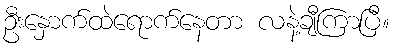
ဦးနှောက်ထဲရောက်နေတာ လနဲ့ချီကြာပြီ။